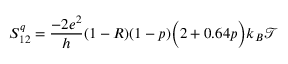
{ S _ { 1 2 } ^ { q } = \frac { - 2 e ^ { 2 } } { h } ( 1 - R ) ( 1 - p ) \bigg ( 2 + 0 . 6 4 p \bigg ) k _ { B } \mathcal { T } }